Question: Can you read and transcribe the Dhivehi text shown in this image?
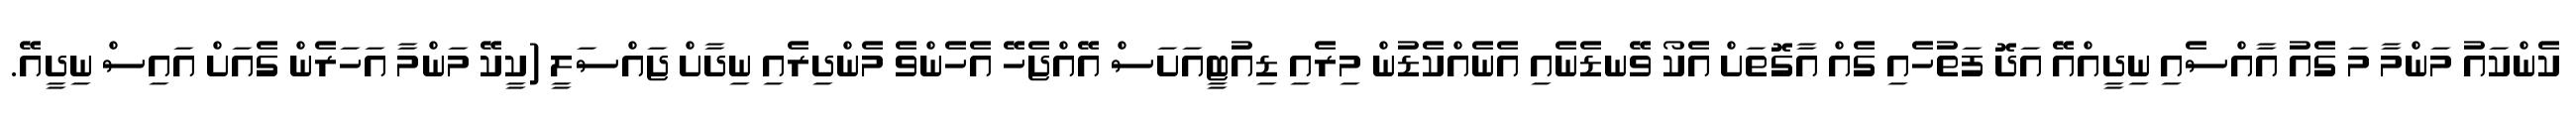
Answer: ކެންކައު މަންމާ މަ ގެއު އާއްސެއި ނިދީއްއޭ އަދޮ ފަތުހެއި ގެއް އާގޮތަށް އެކޯ ވޭނޑެނެއި އެނެއްކެޑުން މިރެއި ޑިއުޓީއަށަސް އޭއްޖެހޭ އެހެންވެ މެންދިރެއި ނިދާށް ޖައްސަލީ (ކީކޭ މަންމާ އަހަރެން ގެއަށް އައިސް ނިދީއޭ.